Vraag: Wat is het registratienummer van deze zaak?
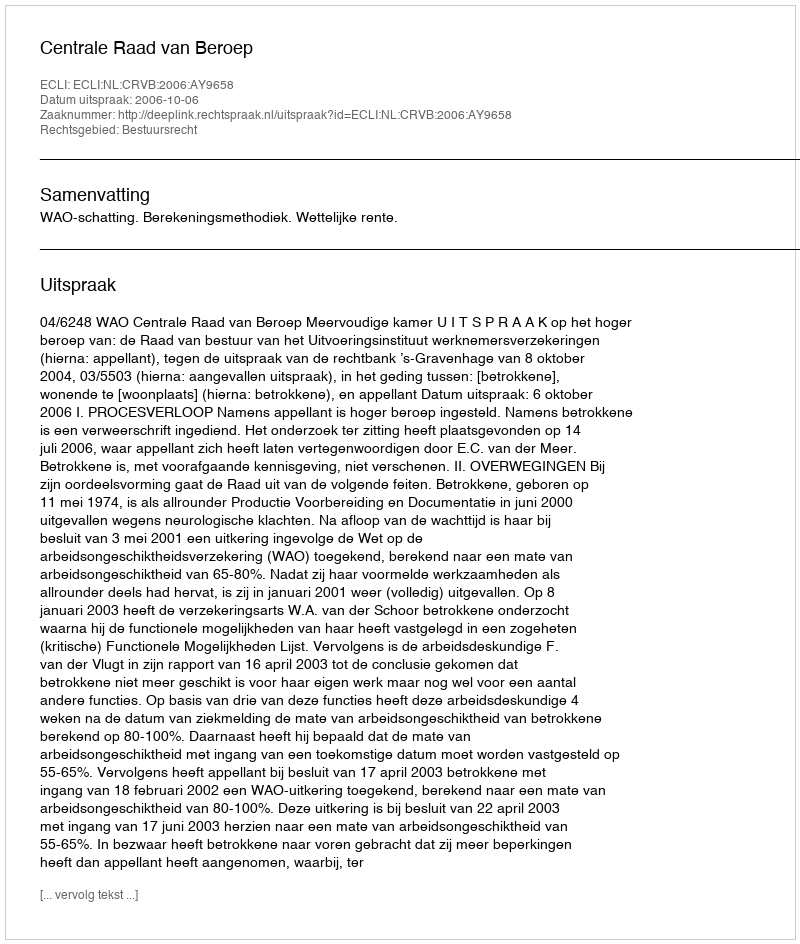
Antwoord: http://deeplink.rechtspraak.nl/uitspraak?id=ECLI:NL:CRVB:2006:AY9658